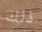
ذلك